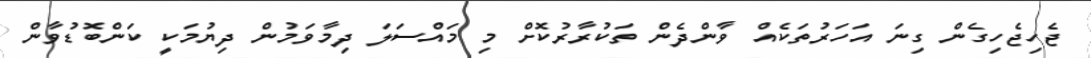
ޖެހިޖެހިގެން ގިނަ އަހަރުތަކެއް ވާންދެން ތަކުރާރުކޮށް މި މައްސަލަ ދިމާވަމުން ދިޔުމަކީ ކަންބޮޑުވާން